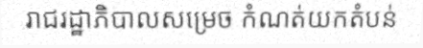
រាជរដ្ឋាភិបាលសម្រេច កំណត់យកតំបន់